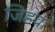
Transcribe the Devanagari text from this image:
जिहवा